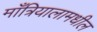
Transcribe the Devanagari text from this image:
माँत्रियालामधील